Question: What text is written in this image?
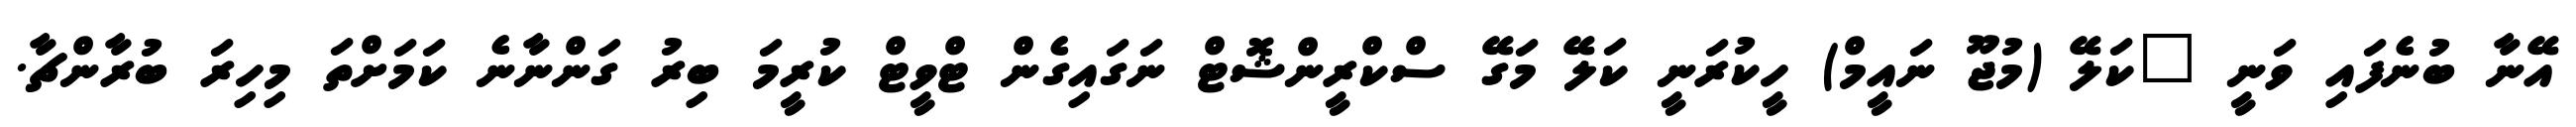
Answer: އޭނާ ބުނެފައި ވަނީ "ކަލޭ (މުޖޫ ނައީމް) ހީކުރަނީ ކަލޭ މަގޭ ސްކްރީންޝޮޓް ނަގައިގެން ޓްވީޓް ކުރީމަ ބިރު ގަންނާނެ ކަމަށްތަ މިހިރަ ބުރާންޗާ.